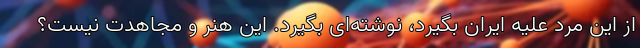
از این مرد علیه ایران بگیرد، نوشته‌ای بگیرد. این هنر و مجاهدت نیست؟